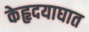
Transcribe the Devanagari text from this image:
केहृदयाघात